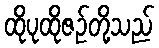
ထိုပုထိုဇဉ်တို့သည်